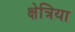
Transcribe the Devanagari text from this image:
क्षेत्रिया